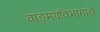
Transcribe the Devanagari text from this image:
वाङ्‌मयविभागाचे